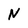
Character: N